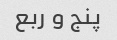
پنج و ربع